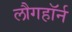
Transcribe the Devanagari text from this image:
लौगहॉर्न